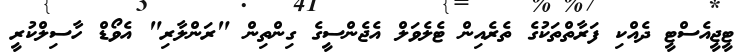
ޓީޖީއެސްޓީ ދެއްކި ފަރާތްތަކުގެ ތެރެއިން ޓެލެވަލް އެޖެންސީގެ ގިންތިން "ރަންލާރި" އެވޯޑް ހާސިލްކުރީ